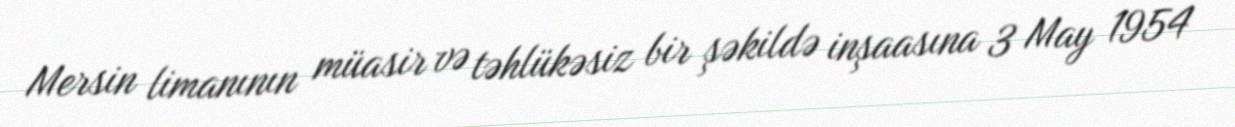
Mersin limanının müasir və təhlükəsiz bir şəkildə inşaasına 3 May 1954